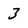
Character: 3